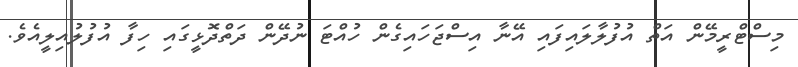
މިސްޓްރީމޭން އަތް އުފުލާލައިފައި އޭނާ އިސްޖަހައިގެން ހުއްޓަ ނުދޭން ދަތްދޮޅީގައި ހިފާ އުފުލުއިލީއެވެ.